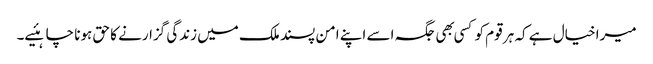
میرا خیال ہے کہ ہر قوم کو کسی بهی جگہ اسے اپنے امن پسند ملک میں زندگی گزارنے کا حق ہونا چاہئیے۔